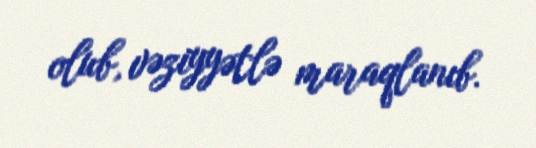
olub, vəziyyətlə maraqlanıb.